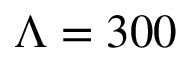
\Lambda = 3 0 0